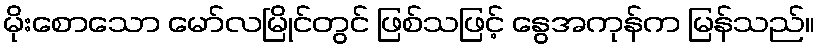
မိုးစောသော မော်လမြိုင်တွင် ဖြစ်သဖြင့် နွေအကုန်က မြန်သည်။